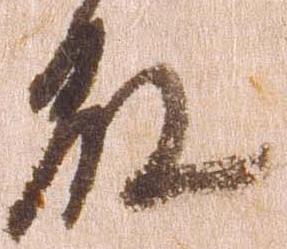
殿